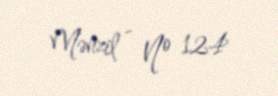
Mənzil - № 124